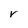
Character: V